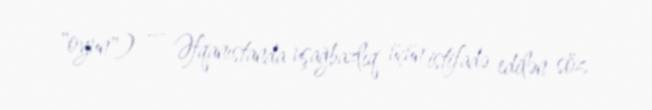
"oyun") — Əfqanıstanda uşağbazlıq üçün istifadə edilən söz.